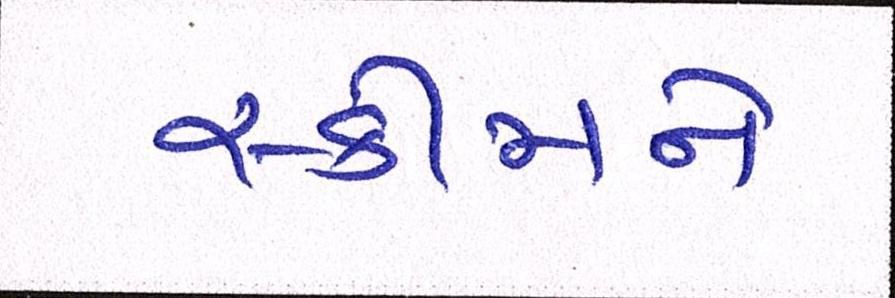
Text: સ્કીમને